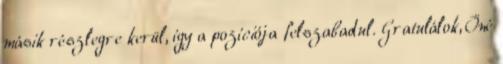
másik részlegre kerül, így a pozíciója felszabadul. Gratulálok, Öné